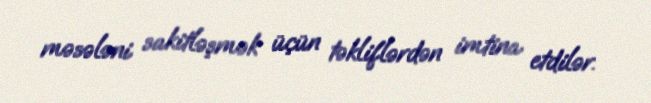
məsələni sakitləşmək üçün təkliflərdən imtina etdilər.